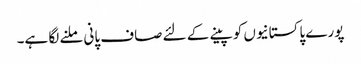
پورے پاکستانیوں کو پینے کے لئے صاف پانی ملنے لگا ہے۔